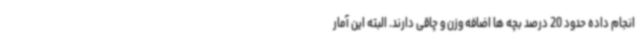
انجام داده حدود 20 درصد بچه ها اضافه وزن و چاقی دارند. البته این آمار